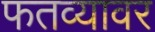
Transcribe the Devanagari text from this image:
फतव्यावर